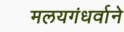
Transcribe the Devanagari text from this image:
मलयगंधर्वाने